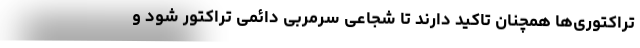
تراکتوری‌ها همچنان تاکید دارند تا شجاعی سرمربی دائمی تراکتور شود و